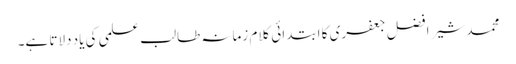
محمد شیر افضل جعفری کا ابتدائی کلام زمانہ طالب علمی کی یاد دلاتا ہے۔